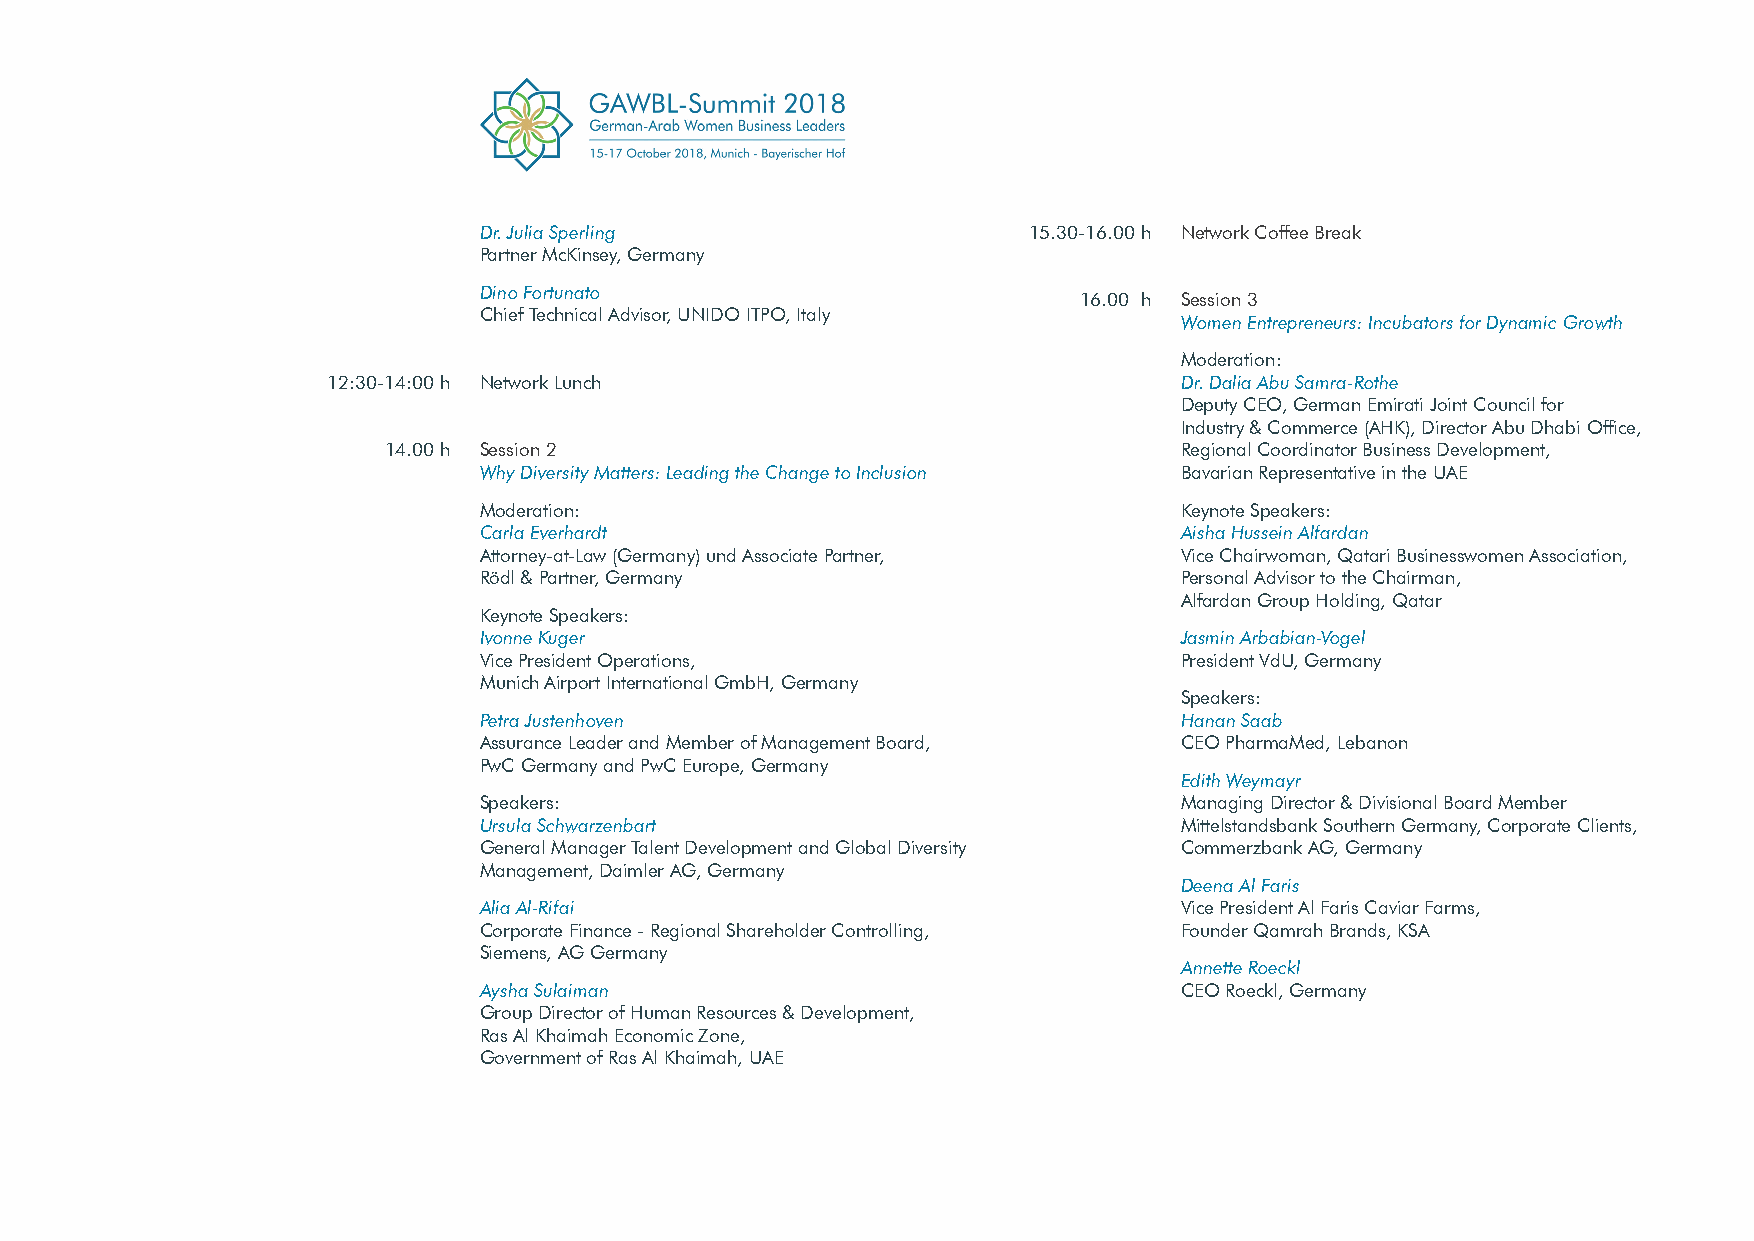
Dr. Julia Sperling                  15.30-16.00 h Network Coffee Break
 Partner McKinsey, Germany
 Dino Fortunato
 16.00 h Session 3
 Chief Technical Advisor, UNIDO ITPO, Italy
 Women Entrepreneurs: Incubators for Dynamic Growth
 Moderation:
 12:30-14:00 h Network Lunch                             Dr. Dalia Abu Samra-Rothe
 Deputy CEO, German Emirati Joint Council for
 Industry & Commerce (AHK), Director Abu Dhabi Office,
 14.00 h Session 2                                    Regional Coordinator Business Development,
 Why Diversity Matters: Leading the Change to Inclusion Bavarian Representative in the UAE
 Moderation:                                   Keynote Speakers:
 Carla Everhardt                               Aisha Hussein Alfardan
 Attorney-at-Law (Germany) und Associate Partner, Vice Chairwoman, Qatari Businesswomen Association,
 Rödl & Partner, Germany                       Personal Advisor to the Chairman,
 Alfardan Group Holding, Qatar
 Keynote Speakers:
 Ivonne Kuger                                  Jasmin Arbabian-Vogel
 Vice President Operations,                    President VdU, Germany
 Munich Airport International GmbH, Germany
 Speakers:
 Petra Justenhoven                             Hanan Saab
 Assurance Leader and Member of Management Board, CEO PharmaMed, Lebanon
 PwC Germany and PwC Europe, Germany
 Edith Weymayr
 Speakers:                                     Managing Director & Divisional Board Member
 Ursula Schwarzenbart                          Mittelstandsbank Southern Germany, Corporate Clients,
 General Manager Talent Development and Global Diversity Commerzbank AG, Germany
 Management, Daimler AG, Germany
 Deena Al Faris
 Alia Al-Rifai                                 Vice President Al Faris Caviar Farms,
 Corporate Finance - Regional Shareholder Controlling, Founder Qamrah Brands, KSA
 Siemens, AG Germany
 Annette Roeckl
 Aysha Sulaiman                                CEO Roeckl, Germany
 Group Director of Human Resources & Development,
 Ras Al Khaimah Economic Zone,
 Government of Ras Al Khaimah, UAE